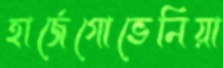
হার্জেগোভেনিয়া